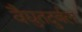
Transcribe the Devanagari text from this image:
वैद्युतदुर्बल